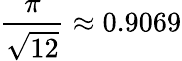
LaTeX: {\frac{\pi}{\sqrt{12}}}\approx 0.9069